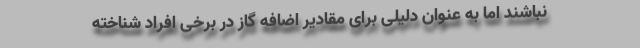
نباشند اما به عنوان دلیلی برای مقادیر اضافه گاز در برخی افراد شناخته